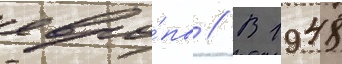
евро́пы // В 1948